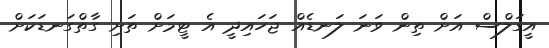
އީގަލްސް އަށް ތިން ވަނަ ލަނޑެއް ޖަހައިދީ އެ ޓީމަށް ތަށި ގާތްގަނޑަކަށް